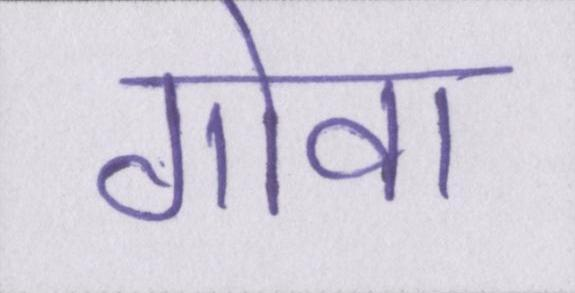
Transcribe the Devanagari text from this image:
गोवा